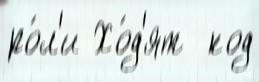
ро́л'и Хо́д'ят  код